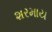
શરમાય